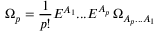
\Omega _ { p } = \frac { 1 } { p ! } E ^ { A _ { 1 } } . . . E ^ { A _ { p } } \, \Omega _ { { A _ { p } } . . . { A _ { 1 } } }